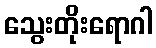
သွေးတိုးရောဂါ